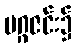
မဂ္ဂဇင်း၌